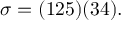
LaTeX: \sigma = ( 1 2 5 ) ( 3 4 ) .